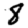
Digit: 8